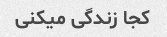
کجا زندگی میکنی